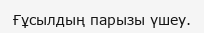
Ғұсылдың парызы үшеу.